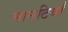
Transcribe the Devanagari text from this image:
मानटियाँ